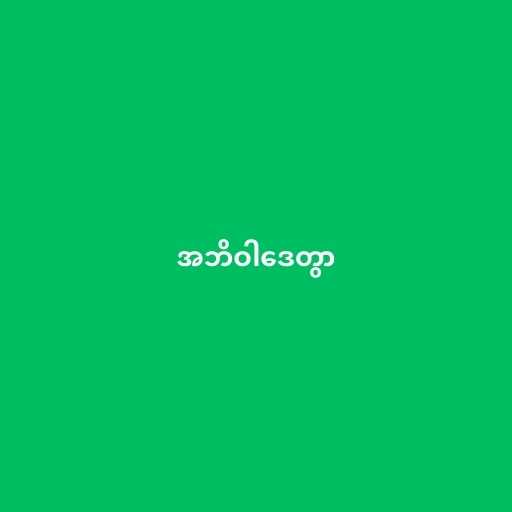
အဘိဝါဒေတွာ